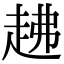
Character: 䞞